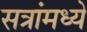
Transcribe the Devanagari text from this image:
सत्रांमध्ये